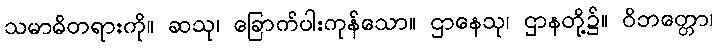
သမာဓိတရားကို။ ဆသု၊ ခြောက်ပါးကုန်သော။ ဌာနေသု၊ ဌာနတို့၌။ ဝိဘတ္တော၊